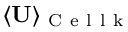
\langle \mathbf { U } \rangle _ { \mathrm { ~ C ~ e ~ l ~ l ~ k ~ } }